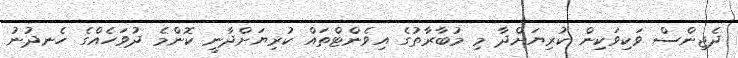
ދެޖިންސް ވަކިވަކިން ކުރިޔަށްދާ މި މުބާރާތުގެ އިވެންޓްތައް ކުރިޔަށްދާނީ ކޮންމެ ދުވަހެއްގެ ހެނދުނު